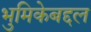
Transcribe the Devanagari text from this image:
भुमिकेबद्दल